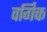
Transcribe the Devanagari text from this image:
वर्गिक